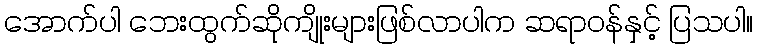
အောက်ပါ ဘေးထွက်ဆိုကျိုးများဖြစ်လာပါက ဆရာဝန်နှင့် ပြသပါ။